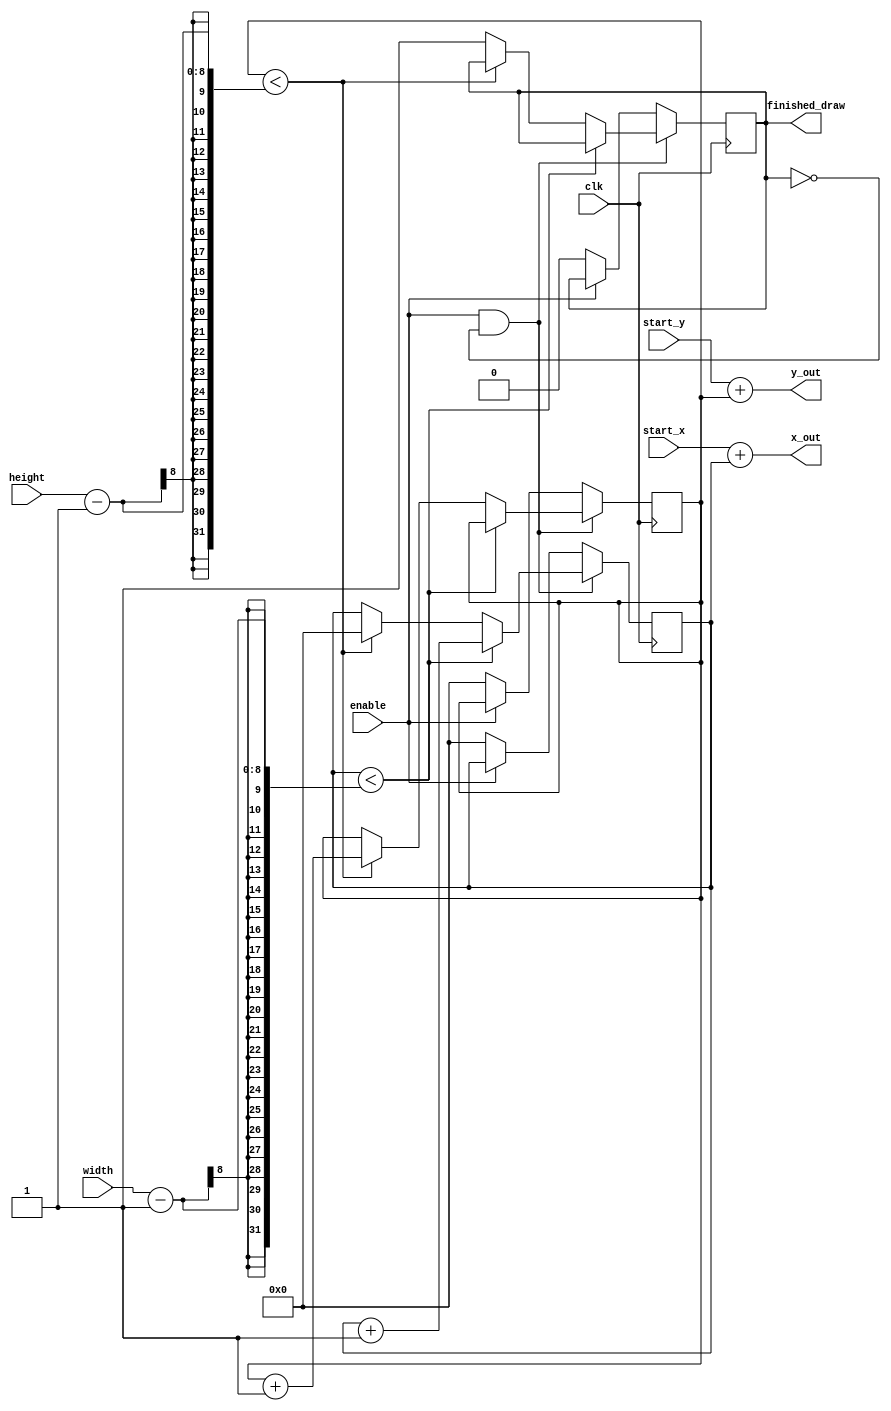
module draw_rect(
	input [7:0] start_x,
	input [7:0] start_y,
	input [7:0] width,
	input [7:0] height,
	input clk,
	input enable,
	output [7:0] x_out,
	output [7:0] y_out,
	output finished_draw
    );
    
	reg [7:0] draw_x, draw_y;
	reg finished_draw_reg;

	always @(posedge clk)
	begin
		if (enable == 1'b1 && !finished_draw_reg)
		begin
			if (draw_x < width - 1)
				draw_x = draw_x + 1;
			else if (draw_y < height - 1) 
			begin
				draw_x = 8'b0;
				draw_y = draw_y + 1;
			end
			else
				finished_draw_reg = 1'b1;
		end
		else if (enable == 1'b0)
		begin
			draw_x = 8'b00000000;
			draw_y = 8'b00000000;
			finished_draw_reg = 1'b0;
		end
	end
	
	assign x_out = start_x + draw_x;
	assign y_out = start_y + draw_y;

	assign finished_draw = finished_draw_reg;
    
endmodule